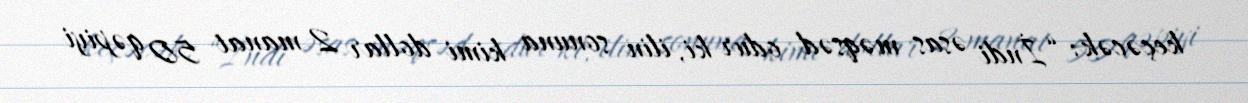
keçəcək: “İndi əsas məqsəd odur ki, ilin sonuna kimi dollar 2 manat 50 qəpiyi